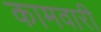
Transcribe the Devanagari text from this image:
कामवारी